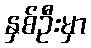
နှစ်ဦးမှာ